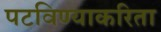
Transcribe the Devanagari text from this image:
पटविण्याकरिता